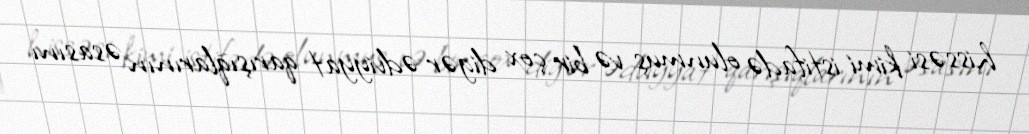
hissəsi kimi istifadə olunmuş və bir çox digər ədviyyat qarışıqlarının əsasını